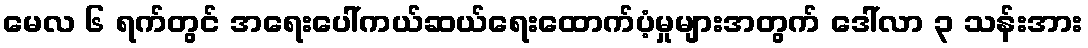
မေလ ၆ ရက်တွင် အရေးပေါ်ကယ်ဆယ်ရေးထောက်ပံ့မှုများအတွက် ဒေါ်လာ ၃ သန်းအား